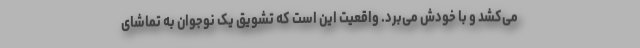
می‌کِشد و با خودش می‌برد. واقعیت این است که تشویق یک نوجوان به تماشای